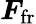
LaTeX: \boldsymbol{F}_{\mathrm{fr}}